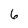
Character: 6